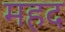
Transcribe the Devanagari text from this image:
महद